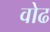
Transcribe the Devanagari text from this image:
वोढ